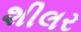
શીલર